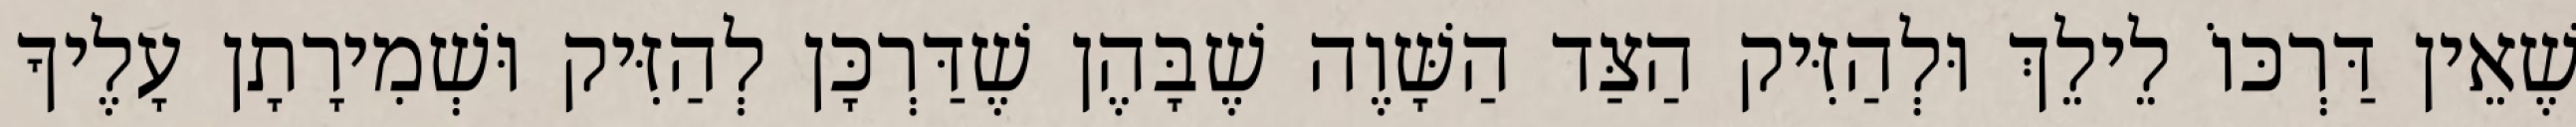
שֶׁאֵין דַּרְכּוֹ לֵילֵךְ וּלְהַזִּיק הַצַּד הַשָּׁוֶה שֶׁבָּהֶן שֶׁדַּרְכָּן לְהַזִּיק וּשְׁמִירָתָן עָלֶיךָ